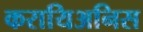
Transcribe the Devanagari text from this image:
करायिअनिस